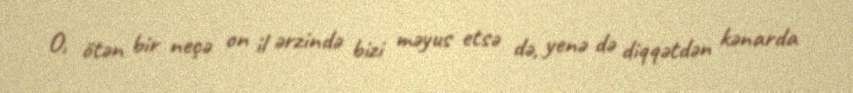
O, ötən bir neçə on il ərzində bizi məyus etsə də, yenə də diqqətdən kənarda